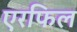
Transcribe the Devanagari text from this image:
एरफिल